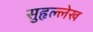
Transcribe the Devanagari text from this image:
सुहृल्लेख